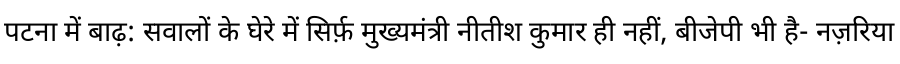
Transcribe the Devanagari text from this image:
पटना में बाढ़: सवालों के घेरे में सिर्फ़ मुख्यमंत्री नीतीश कुमार ही नहीं, बीजेपी भी है- नज़रिया